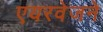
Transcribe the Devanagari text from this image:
एयरवेजने